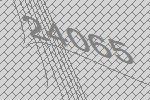
24065